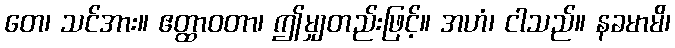
တေ၊ သင်အား။ ဧတ္ထာဝတာ၊ ဤမျှတည်းဖြင့်။ အဟံ၊ ငါသည်။ နခမာမိ၊